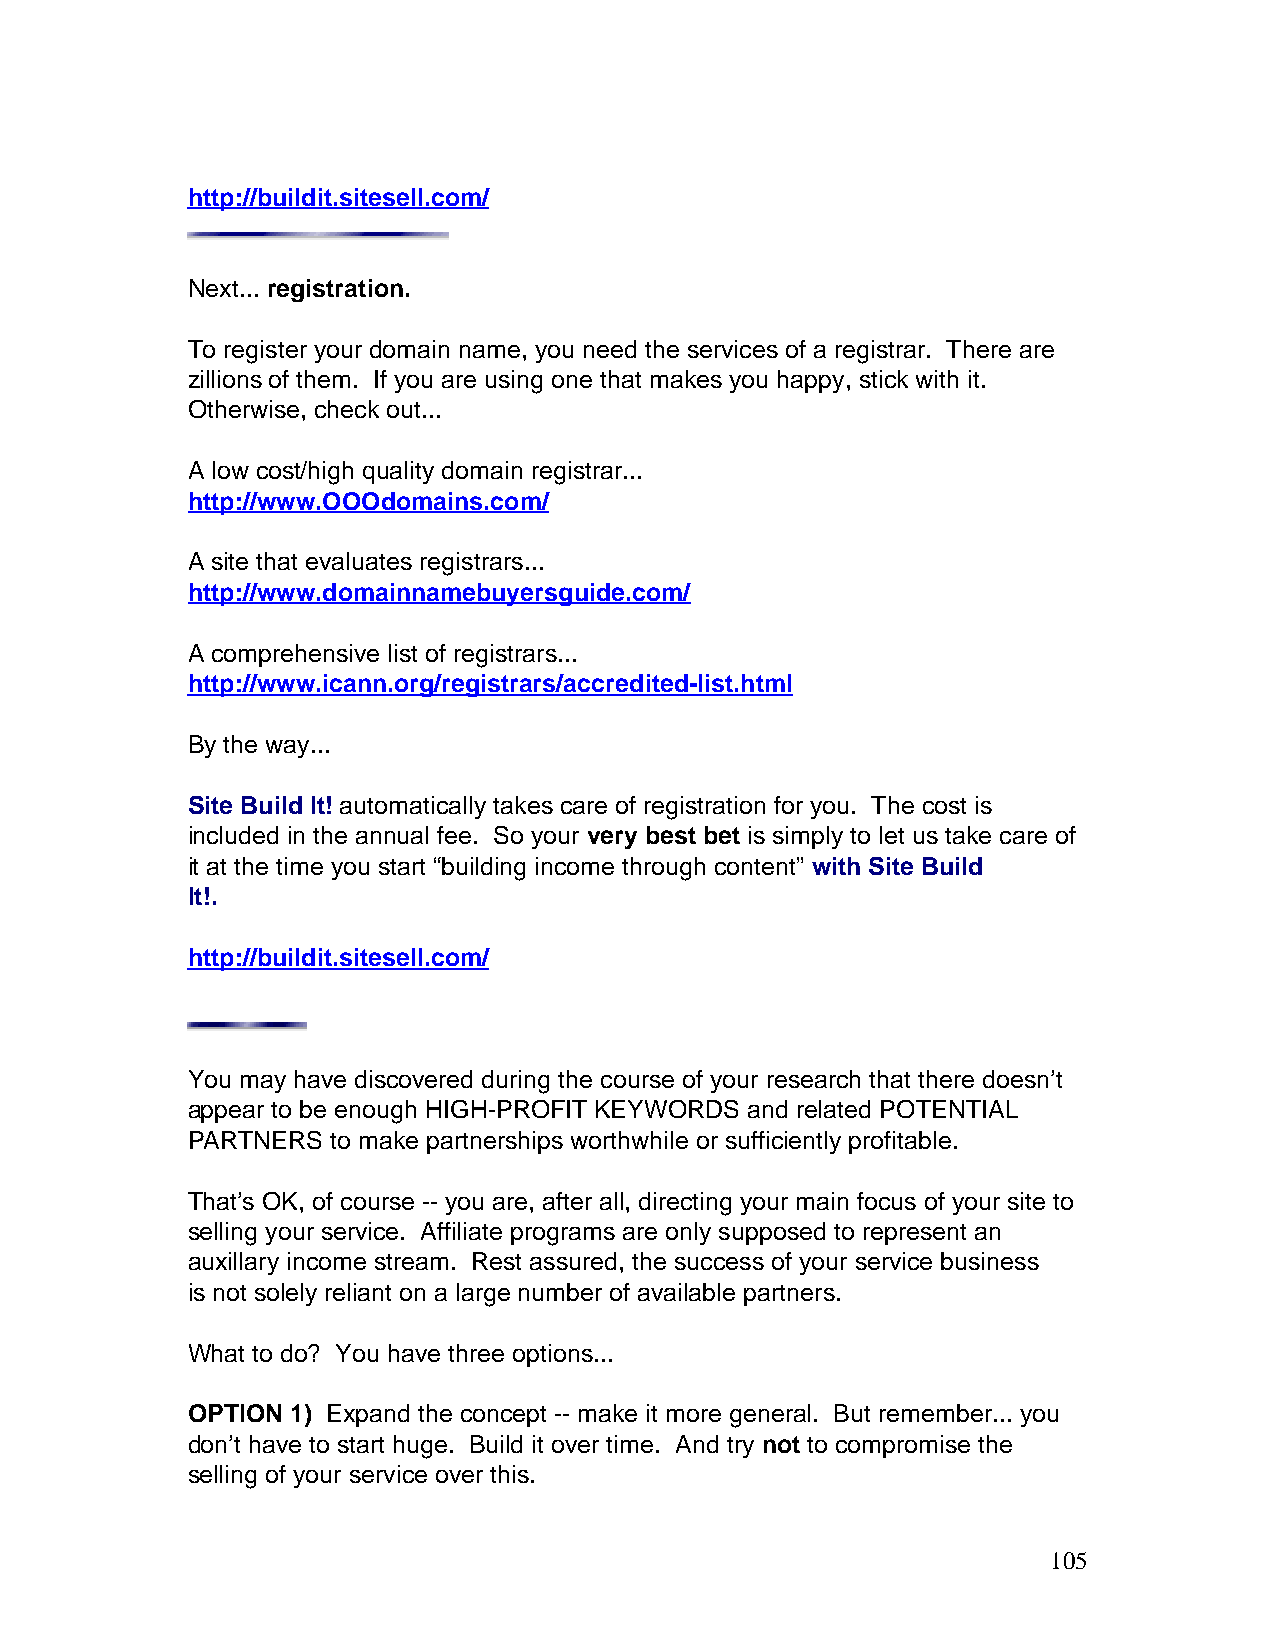
http://buildit.sitesell.com/
 Next... registration.
 To register your domain name, you need the services of a registrar. There are
 zillions of them. If you are using one that makes you happy, stick with it.
 Otherwise, check out...
 A low cost/high quality domain registrar...
 http://www.OOOdomains.com/
 A site that evaluates registrars...
 http://www.domainnamebuyersguide.com/
 A comprehensive list of registrars...
 http://www.icann.org/registrars/accredited-list.html
 By the way...
 Site Build It! automatically takes care of registration for you. The cost is
 included in the annual fee. So your very best bet is simply to let us take care of
 it at the time you start “building income through content” with Site Build
 It!.
 http://buildit.sitesell.com/
 You may have discovered during the course of your research that there doesn’t
 appear to be enough HIGH-PROFIT KEYWORDS and related POTENTIAL
 PARTNERS  to make partnerships worthwhile or sufficiently profitable.
 That’s OK, of course -- you are, after all, directing your main focus of your site to
 selling your service. Affiliate programs are only supposed to represent an
 auxillary income stream. Rest assured, the success of your service business
 is not solely reliant on a large number of available partners.
 What to do? You have three options...
 OPTION 1) Expand the concept -- make it more general. But remember... you
 don’t have to start huge. Build it over time. And try not to compromise the
 selling of your service over this.
 105